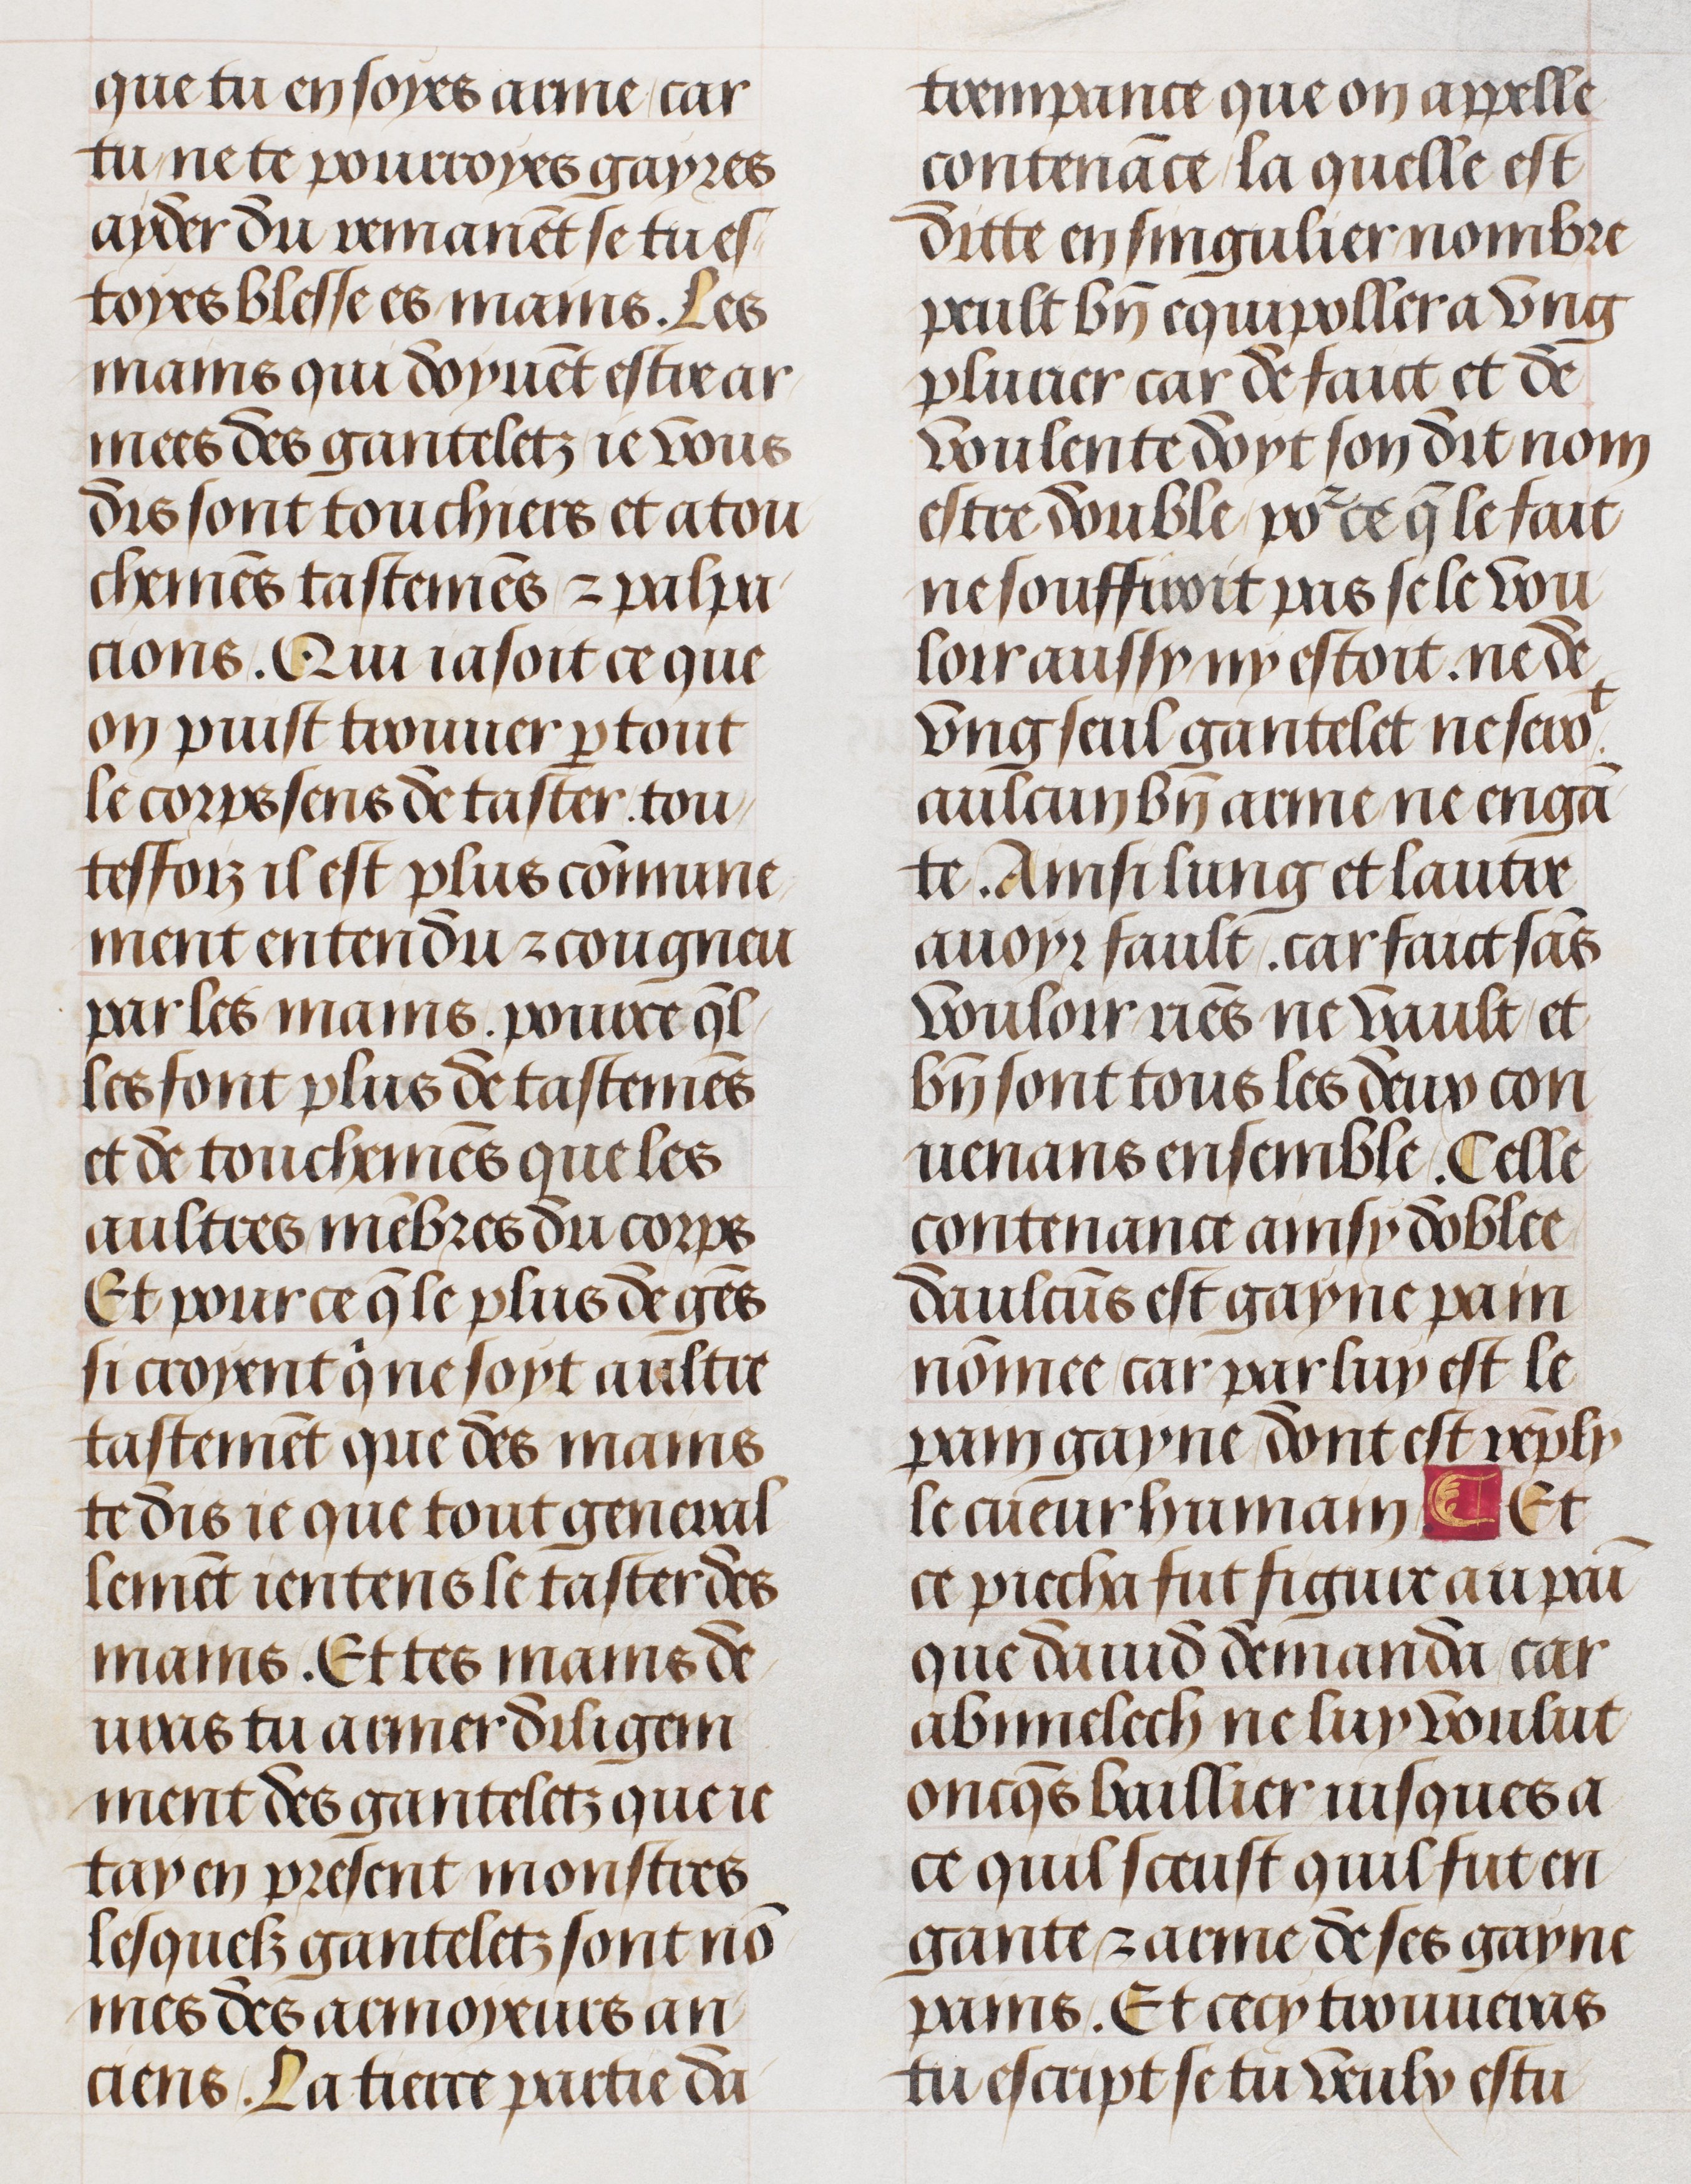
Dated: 1470–1530